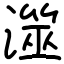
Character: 澨